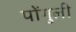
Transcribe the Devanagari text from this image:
पोंगुली